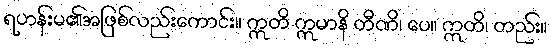
ရဟန်းမ၏အဖြစ်လည်းကောင်း။ ဣတိ ဣမာနိ တီဏိ၊ ပေ။ ဣတိ၊ တည်း။